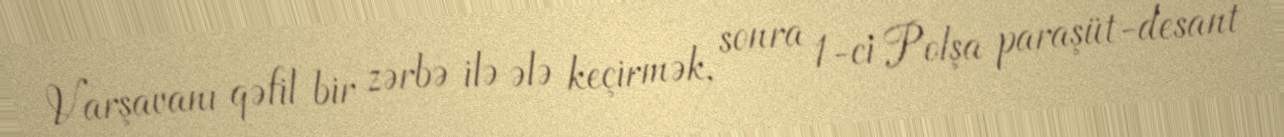
Varşavanı qəfil bir zərbə ilə ələ keçirmək, sonra 1-ci Polşa paraşüt-desant